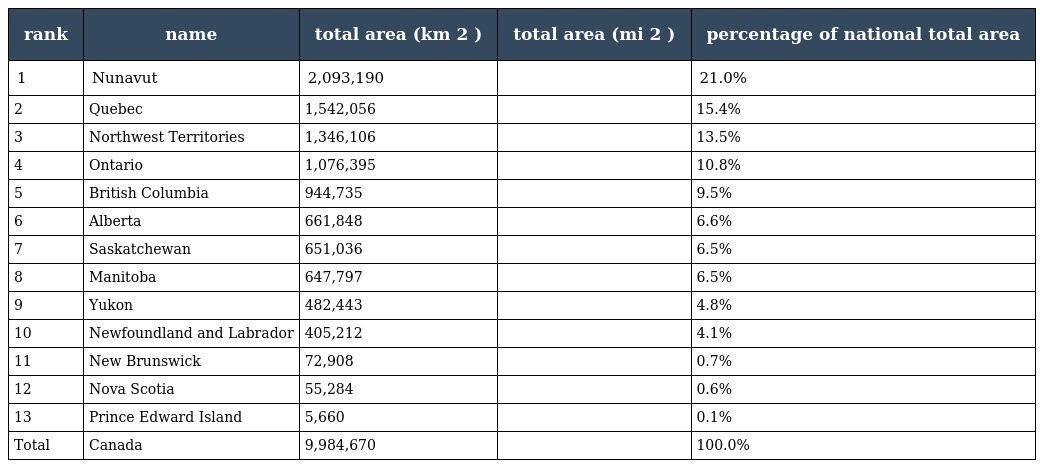
| rank | name | total area (km 2 ) | total area (mi 2 ) | percentage of national total area |
 | --- | --- | --- | --- | --- |
 | 1 | Nunavut | 2,093,190 |  | 21.0% |
 | 2 | Quebec | 1,542,056 |  | 15.4% |
 | 3 | Northwest Territories | 1,346,106 |  | 13.5% |
 | 4 | Ontario | 1,076,395 |  | 10.8% |
 | 5 | British Columbia | 944,735 |  | 9.5% |
 | 6 | Alberta | 661,848 |  | 6.6% |
 | 7 | Saskatchewan | 651,036 |  | 6.5% |
 | 8 | Manitoba | 647,797 |  | 6.5% |
 | 9 | Yukon | 482,443 |  | 4.8% |
 | 10 | Newfoundland and Labrador | 405,212 |  | 4.1% |
 | 11 | New Brunswick | 72,908 |  | 0.7% |
 | 12 | Nova Scotia | 55,284 |  | 0.6% |
 | 13 | Prince Edward Island | 5,660 |  | 0.1% |
 | Total | Canada | 9,984,670 |  | 100.0% |